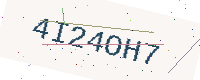
Text: 4I24OH7